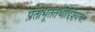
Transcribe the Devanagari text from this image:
प्रेतीभूतंतथोद्दिश्ययः